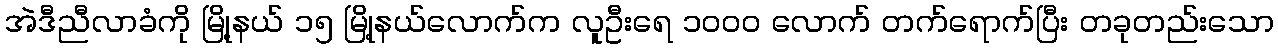
အဲဒီညီလာခံကို မြို့နယ် ၁၅ မြို့နယ်လောက်က လူဦးရေ ၁၀၀၀ လောက် တက်ရောက်ပြီး တခုတည်းသော